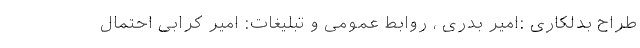
طراح بدلکاری :امیر بدری ، روابط عمومی و تبلیغات: امیر کرابی احتمال